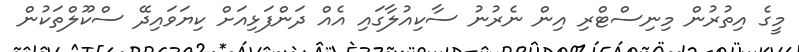
މީގެ އިތުރުން މިނިސްޓްރި އިން ނެރުނު ސާކިއުލާގައި އެއް ދަންފަޅިއަށް ކިޔަވައިދޭ ސްކޫލްތަކުން